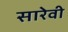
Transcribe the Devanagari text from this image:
सारेवी